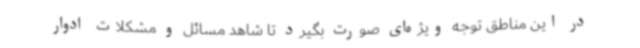
در این مناطق توجه ویژه‌ای صورت بگیرد تا شاهد مسائل و مشکلات ادوار